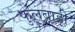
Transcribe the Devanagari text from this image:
फुलबाड़ी